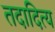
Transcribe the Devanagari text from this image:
तदादित्य